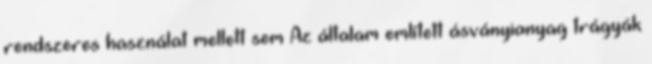
rendszeres használat mellett sem Az általam említett ásványianyag trágyák